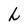
Character: h